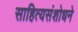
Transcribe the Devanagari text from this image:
साहित्यसंशोधने